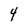
Character: 4